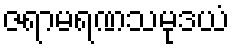
ဇရာမရဏသမုဒယံ